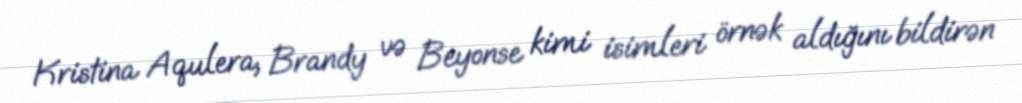
Kristina Aqulera, Brandy və Beyonse kimi isimleri örnək aldığını bildirən